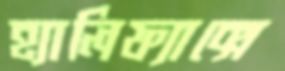
হ্যালিফ্যাক্সে